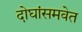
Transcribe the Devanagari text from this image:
दोघांसमवेत